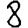
Digit: 8